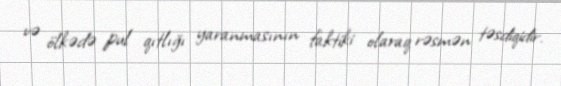
və ölkədə pul qıtlığı yaranmasının faktiki olaraq rəsmən təsdiqidir.